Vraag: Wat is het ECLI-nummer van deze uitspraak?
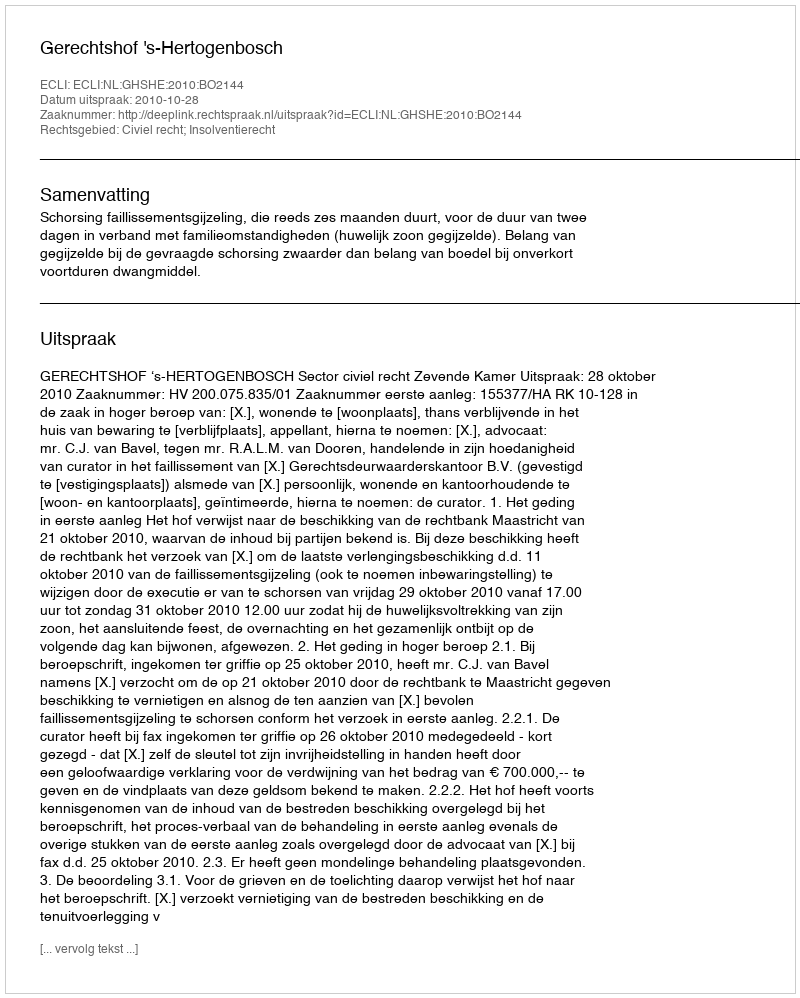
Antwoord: ECLI:NL:GHSHE:2010:BO2144